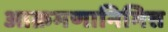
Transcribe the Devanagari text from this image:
आक्रमणानिमित्त